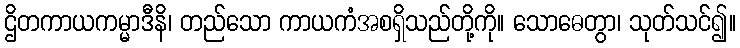
ဌိတကာယကမ္မာဒီနိ၊ တည်သော ကာယကံအစရှိသည်တို့ကို။ သောဓေတွာ၊ သုတ်သင်၍။